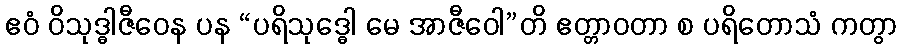
ဧဝံ ဝိသုဒ္ဓါဇီဝေန ပန “ပရိသုဒ္ဓေါ မေ အာဇီဝေါ”တိ ဧတ္တာဝတာ စ ပရိတောသံ ကတွာ